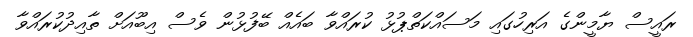
ރައީސް ޔާމީންގެ އަރިހުގައި މަސައްކަތްޕުޅު ކުރައްވާ ބައެއް ބޭފުޅުން ވެސް އިބޫއަށް ތާއިދުކުރައްވާ